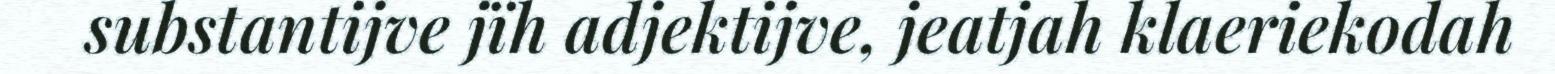
substantijve jïh adjektijve, jeatjah klaeriekodah